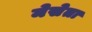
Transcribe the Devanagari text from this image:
मेसेता